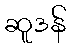
ဆူဒန်